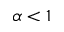
\alpha < 1